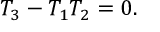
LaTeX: T _ { 3 } - T _ { 1 } T _ { 2 } = 0 .